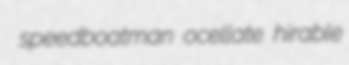
speedboatman ocellate hirable